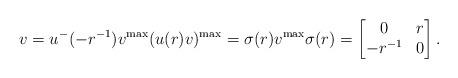
LaTeX: \begin{align*} v = u^{-}(-r^{-1}) v^{\max} (u(r)v)^{\max} = \sigma(r) v^{\max} \sigma(r) = \begin{bmatrix}0 & r \\ -r^{-1} & 0\end{bmatrix}. \end{align*}